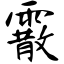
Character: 霰